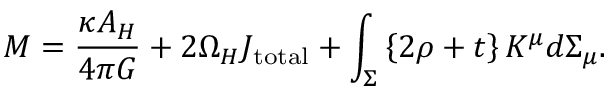
M = { \frac { \kappa A _ { H } } { 4 \pi G } } + 2 \Omega _ { H } J _ { \mathrm { t o t a l } } + \int _ { \Sigma } \left\{ 2 \rho + t \right\} K ^ { \mu } d \Sigma _ { \mu } .